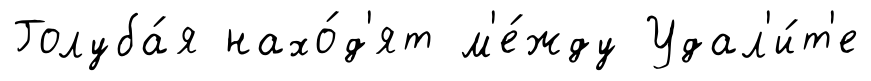
Голуба́я нахо́д'ят м'е́жду Удал'и́т'е